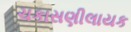
ચકાસણીલાયક